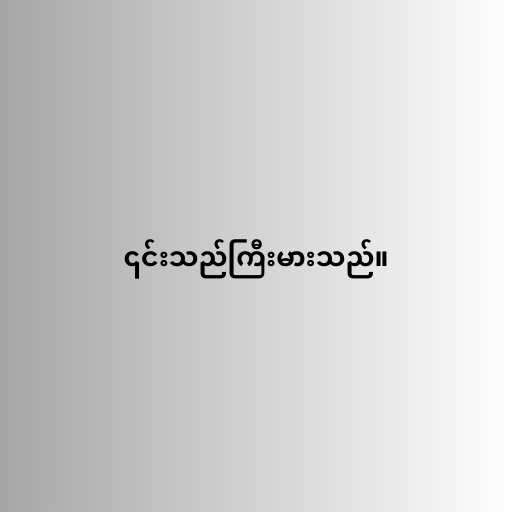
၎င်းသည်ကြီးမားသည်။